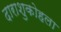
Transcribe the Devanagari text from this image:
दाराशुकोहला